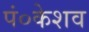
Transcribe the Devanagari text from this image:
पं०केशव